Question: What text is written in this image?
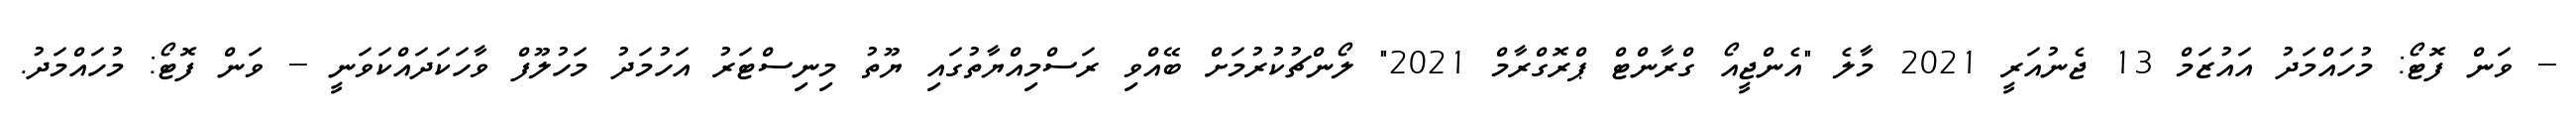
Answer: -- ވަން ފޮޓޯ: މުހައްމަދު އައުޒަމް 13 ޖެނުއަރީ 2021 މާލެ "އެންޖީއޯ ގްރާންޓް ޕްރޮގްރާމް 2021" ލޯންޗުކުރުމަށް ބޭއްވި ރަސްމިއްޔާތުގައި ޔޫތު މިނިސްޓަރު އަހުމަދު މަހުލޫފް ވާހަކަދައްކަވަނީ -- ވަން ފޮޓޯ: މުހައްމަދު.